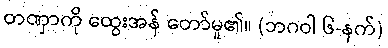
တဏှာကို ထွေးအန် တော်မူ၏။ (ဘဂဝါ ၆-နက်)